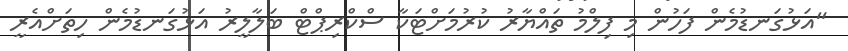
"އަޅުގަނޑުމެން ފަހުން މި ފިލްމު ތައްޔާރު ކުރުމަށްޓަކާ ސްކްރިޕްޓް ބަލާލީރު އަޅުގަނޑުމެން ހިތަށްއެރީ